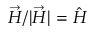
\vec { H } / | \vec { H } | = \hat { H }